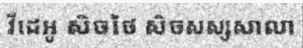
វីដេអូ សិចថៃ សិចសស្សសាលា